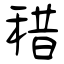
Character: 稓